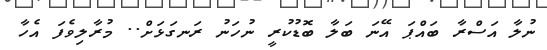
ނުލާ އަސްރާ ބައްޕަ އޭނަ ބަލާ ބޮޑުކުރީ ނުހަނު ރަނގަޅަށް.. މުރާލިވެފަ އެހާ